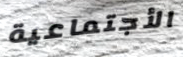
الأجتماعية